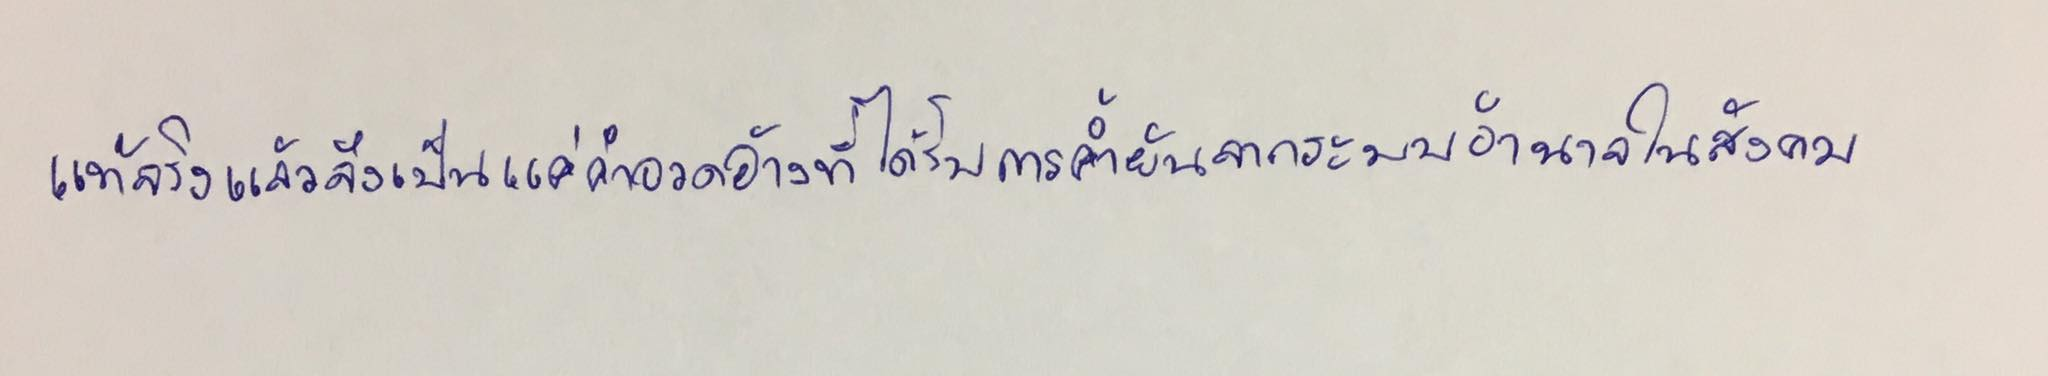
แท้จริงแล้วจึงเป็นแค่คำอวดอ้างที่ได้รับการค้ำยันจากระบบอำนาจในสังคม